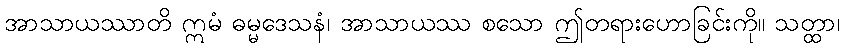
အာသာယဿာတိ ဣမံ ဓမ္မဒေသနံ၊ အာသာယဿ စသော ဤတရားဟောခြင်းကို။ သတ္ထာ၊